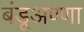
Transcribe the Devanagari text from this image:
बंडूअण्णा